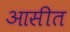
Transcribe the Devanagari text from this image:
आसीत